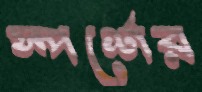
স্পর্শের